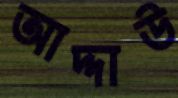
আদ্দাউ